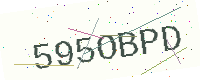
Text: 595OBPD